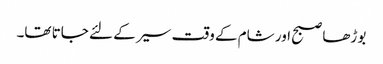
بوڑھا صبح اور شام کے وقت سیر کے لئے جاتا تھا۔